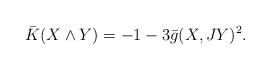
LaTeX: \begin{align*}\bar K(X\wedge Y) = -1-3\bar g(X,JY)^2.\end{align*}